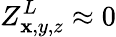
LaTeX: Z_{\mathbf{x},y,z}^{L}\approx0